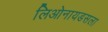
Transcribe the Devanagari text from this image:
लिओनायडसला